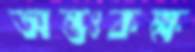
অন্তঃকক্ষ